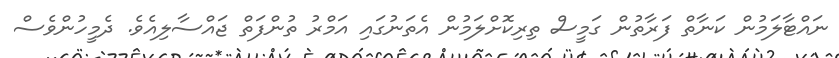
ނައްޓާލަމުން ކަނާތް ފަރާތުން ގަމީސް ތިރިކޮށްލަމުން އެތަނުގައި އަމްރު ތުންފަތް ޖައްސާލިއެވެ. ދެމީހުންވެސް